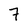
Character: 7